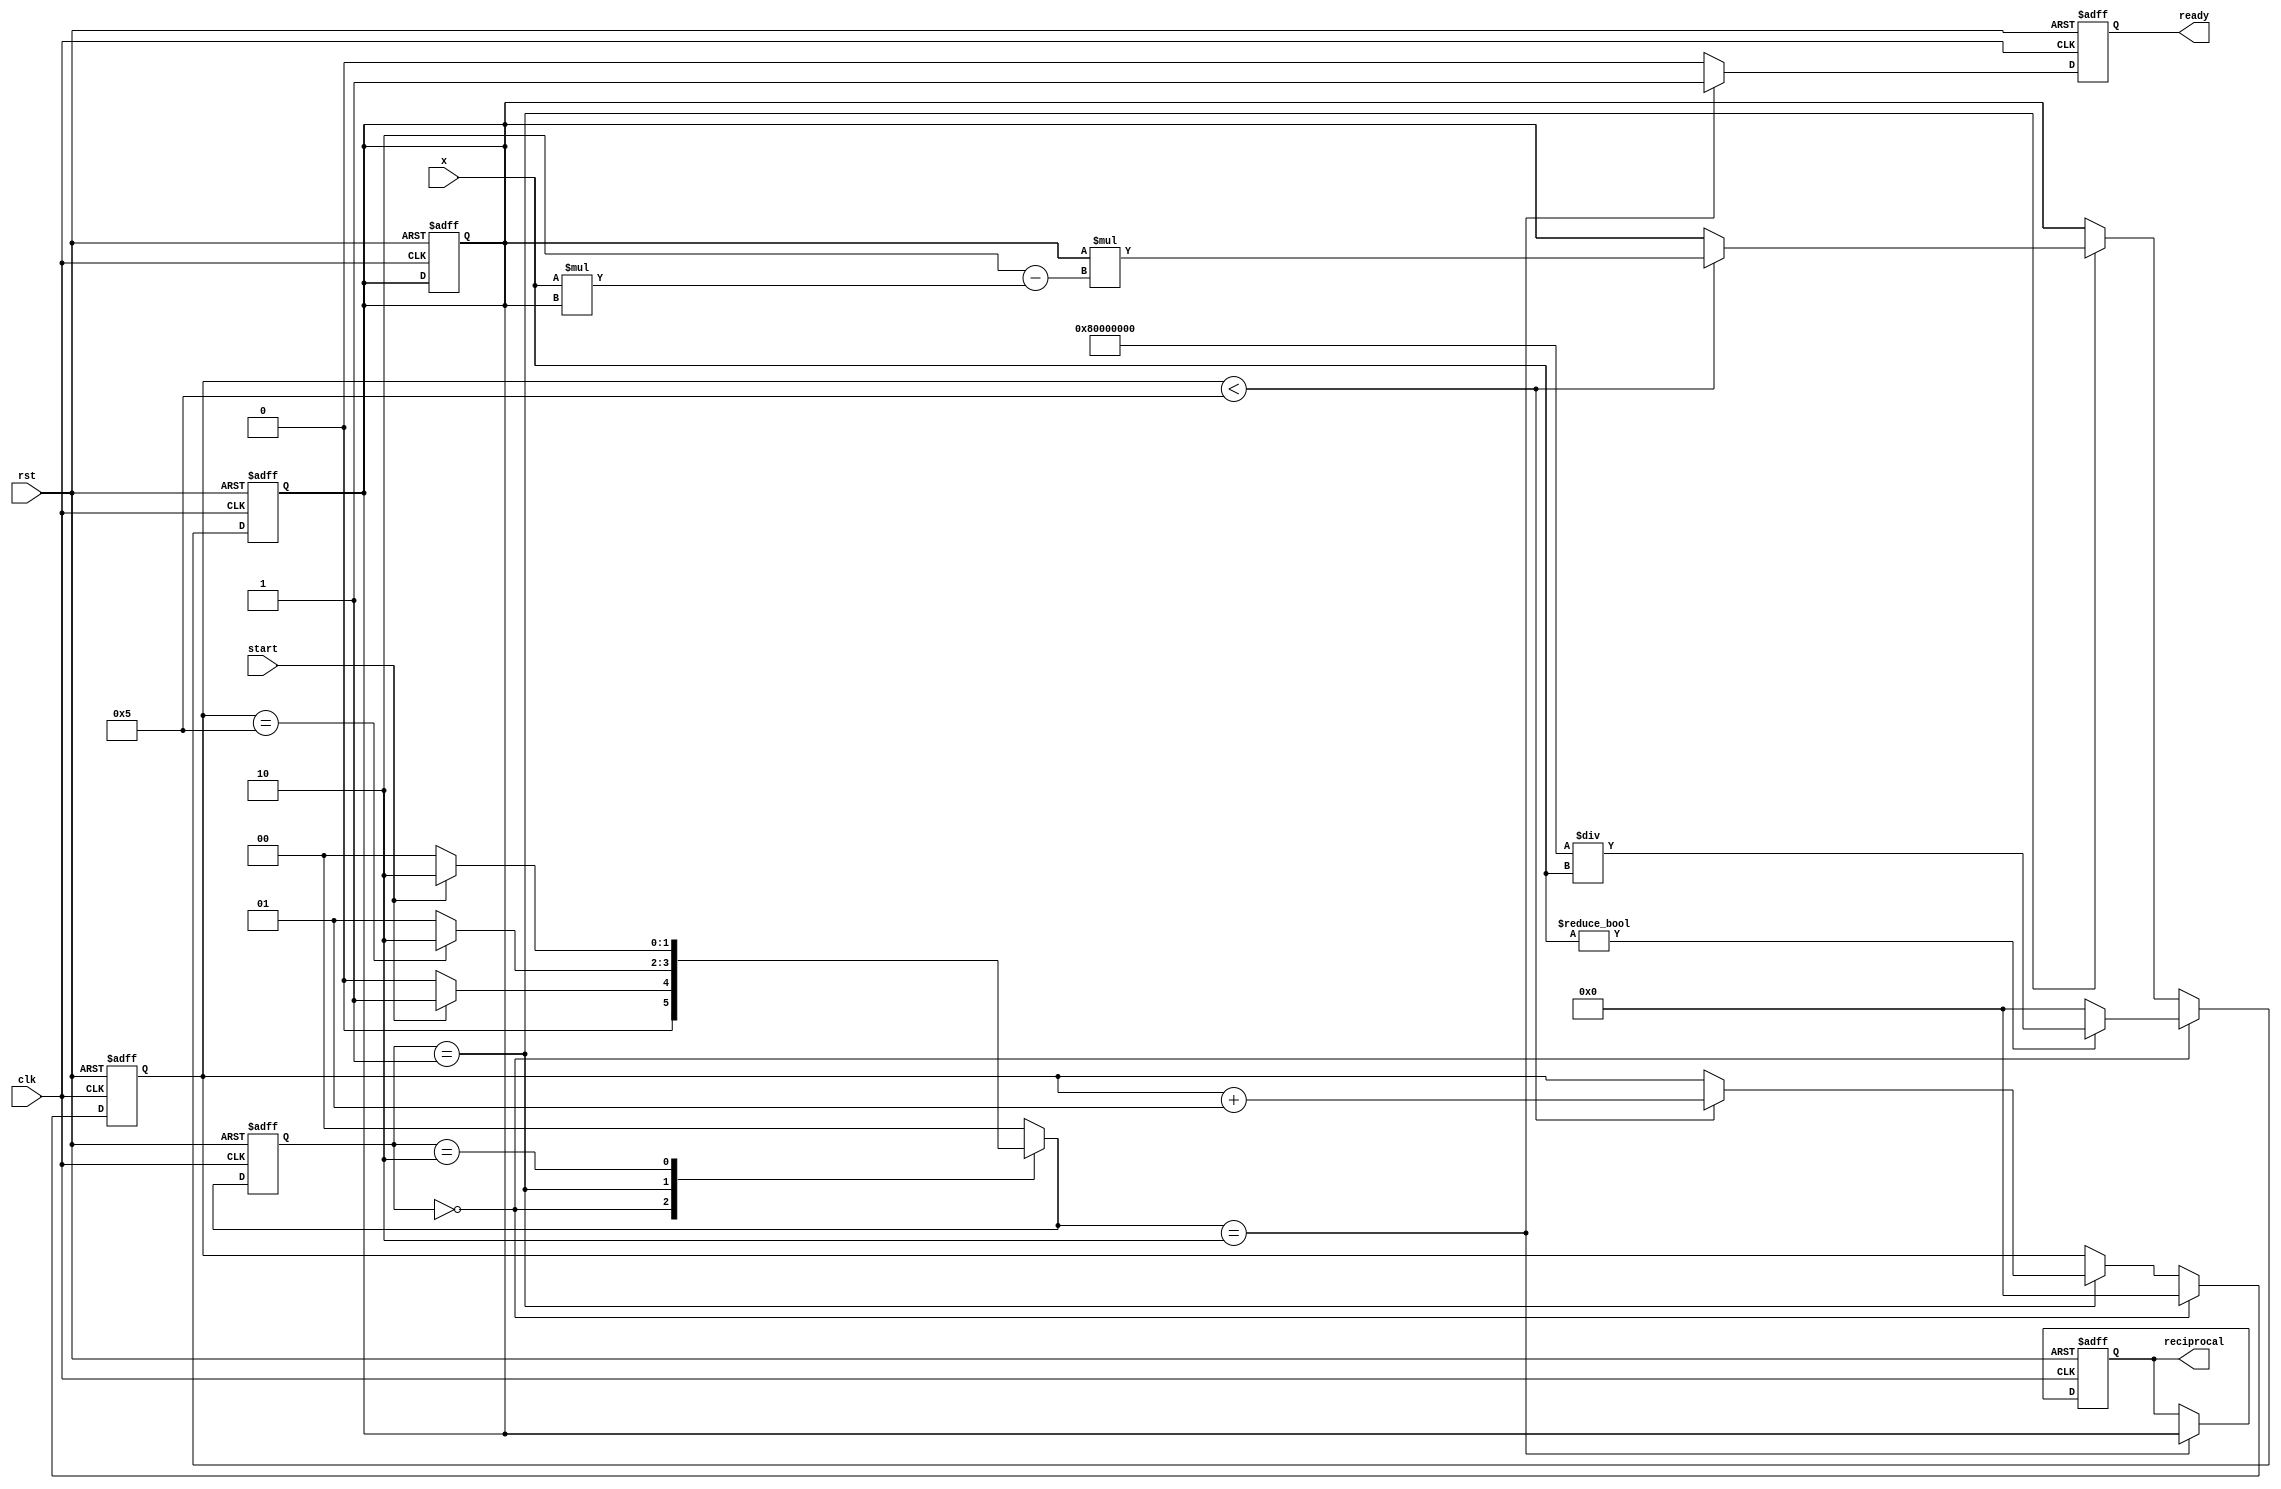
module reciprocal_unit #(
    parameter WIDTH = 32,      // Width of input and output
    parameter ITERATIONS = 5   // Number of iterations for Newton-Raphson approximation
)(
    input  wire [WIDTH-1:0] x,         // Input value
    input  wire clk,                    // Clock signal
    input  wire rst,                    // Reset
    input  wire start,                  // Start signal
    output reg [WIDTH-1:0] reciprocal,  // Output reciprocal
    output reg ready                    // Ready signal
);

    // State encoding
    localparam IDLE      = 2'b00;
    localparam COMPUTING = 2'b01;
    localparam READY     = 2'b10;
    
    reg [1:0] state, next_state;
    reg [WIDTH-1:0] approx;  // Intermediate approximation
    integer i;

    // FSM for controlling the operation
    always @(posedge clk or posedge rst) begin
        if (rst) begin
            state <= IDLE;
            reciprocal <= 0;
            ready <= 0;
            approx <= 0;
        end else begin
            state <= next_state;
            if (next_state == READY) begin
                reciprocal <= approx;  // Output final reciprocal
                ready <= 1;            // Indicate computation is ready
            end else begin
                ready <= 0;            // Clear ready signal for other states
            end
        end
    end

    // Next state logic
    always @(*) begin
        case (state)
            IDLE: begin
                if (start) begin
                    next_state = COMPUTING;
                end else begin
                    next_state = IDLE;
                end
            end
            COMPUTING: begin
                if (i == ITERATIONS) begin
                    next_state = READY;
                end else begin
                    next_state = COMPUTING;
                end
            end
            READY: begin
                if (!start) begin
                    next_state = IDLE; // Go back to IDLE if start is low
                end else begin
                    next_state = READY; // Stay in READY state
                end
            end
            default: next_state = IDLE;
        endcase
    end

    // Computation logic using Newton-Raphson
    always @(posedge clk or posedge rst) begin
        if (rst) begin
            approx <= 0;
            i <= 0;
        end else if (state == IDLE) begin
            // Initialize approximation: a good initial guess (e.g., for 1/x, use 1)
            approx <= (x != 0) ? (1 << (WIDTH-1)) / x : {WIDTH{1'b0}};
            i <= 0;
        end else if (state == COMPUTING) begin
            if (i < ITERATIONS) begin
                approx <= approx * (2 - x * approx); // Newton-Raphson step
                i <= i + 1;                          // Increment iteration counter
            end
        end
    end

endmodule